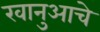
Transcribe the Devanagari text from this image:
खानुआचे